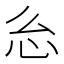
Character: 𭜍